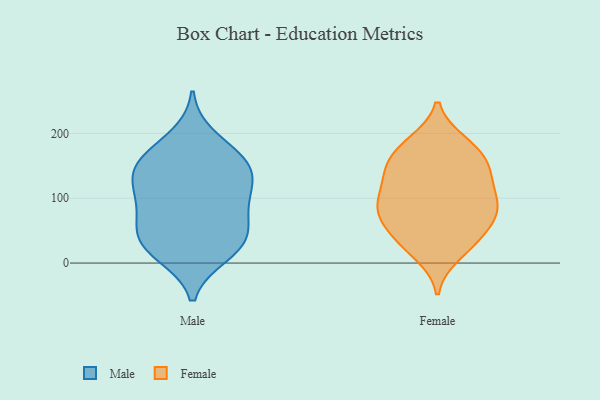
{"axis": {"x": "Tickets Resolved", "y": "Value"}, "legend": ["Female", "Male"], "data": [{"x": "", "y": 195, "type": "Male"}, {"x": "", "y": 162, "type": "Male"}, {"x": "", "y": 158, "type": "Male"}, {"x": "", "y": 101, "type": "Male"}, {"x": "", "y": 123, "type": "Male"}, {"x": "", "y": 141, "type": "Male"}, {"x": "", "y": 35, "type": "Male"}, {"x": "", "y": 13, "type": "Male"}, {"x": "", "y": 66, "type": "Male"}, {"x": "", "y": 40, "type": "Male"}, {"x": "", "y": 104, "type": "Male"}, {"x": "", "y": 95, "type": "Male"}, {"x": "", "y": 35, "type": "Male"}, {"x": "", "y": 12, "type": "Male"}, {"x": "", "y": 159, "type": "Male"}, {"x": "", "y": 141, "type": "Male"}, {"x": "", "y": 58, "type": "Male"}, {"x": "", "y": 136, "type": "Female"}, {"x": "", "y": 86, "type": "Female"}, {"x": "", "y": 14, "type": "Female"}, {"x": "", "y": 75, "type": "Female"}, {"x": "", "y": 91, "type": "Female"}, {"x": "", "y": 67, "type": "Female"}, {"x": "", "y": 41, "type": "Female"}, {"x": "", "y": 144, "type": "Female"}, {"x": "", "y": 28, "type": "Female"}, {"x": "", "y": 131, "type": "Female"}, {"x": "", "y": 176, "type": "Female"}, {"x": "", "y": 67, "type": "Female"}, {"x": "", "y": 150, "type": "Female"}, {"x": "", "y": 183, "type": "Female"}, {"x": "", "y": 114, "type": "Female"}, {"x": "", "y": 96, "type": "Female"}, {"x": "", "y": 88, "type": "Female"}, {"x": "", "y": 159, "type": "Female"}, {"x": "", "y": 186, "type": "Female"}, {"x": "", "y": 34, "type": "Female"}]}